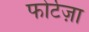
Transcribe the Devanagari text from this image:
फोर्टेज़ा